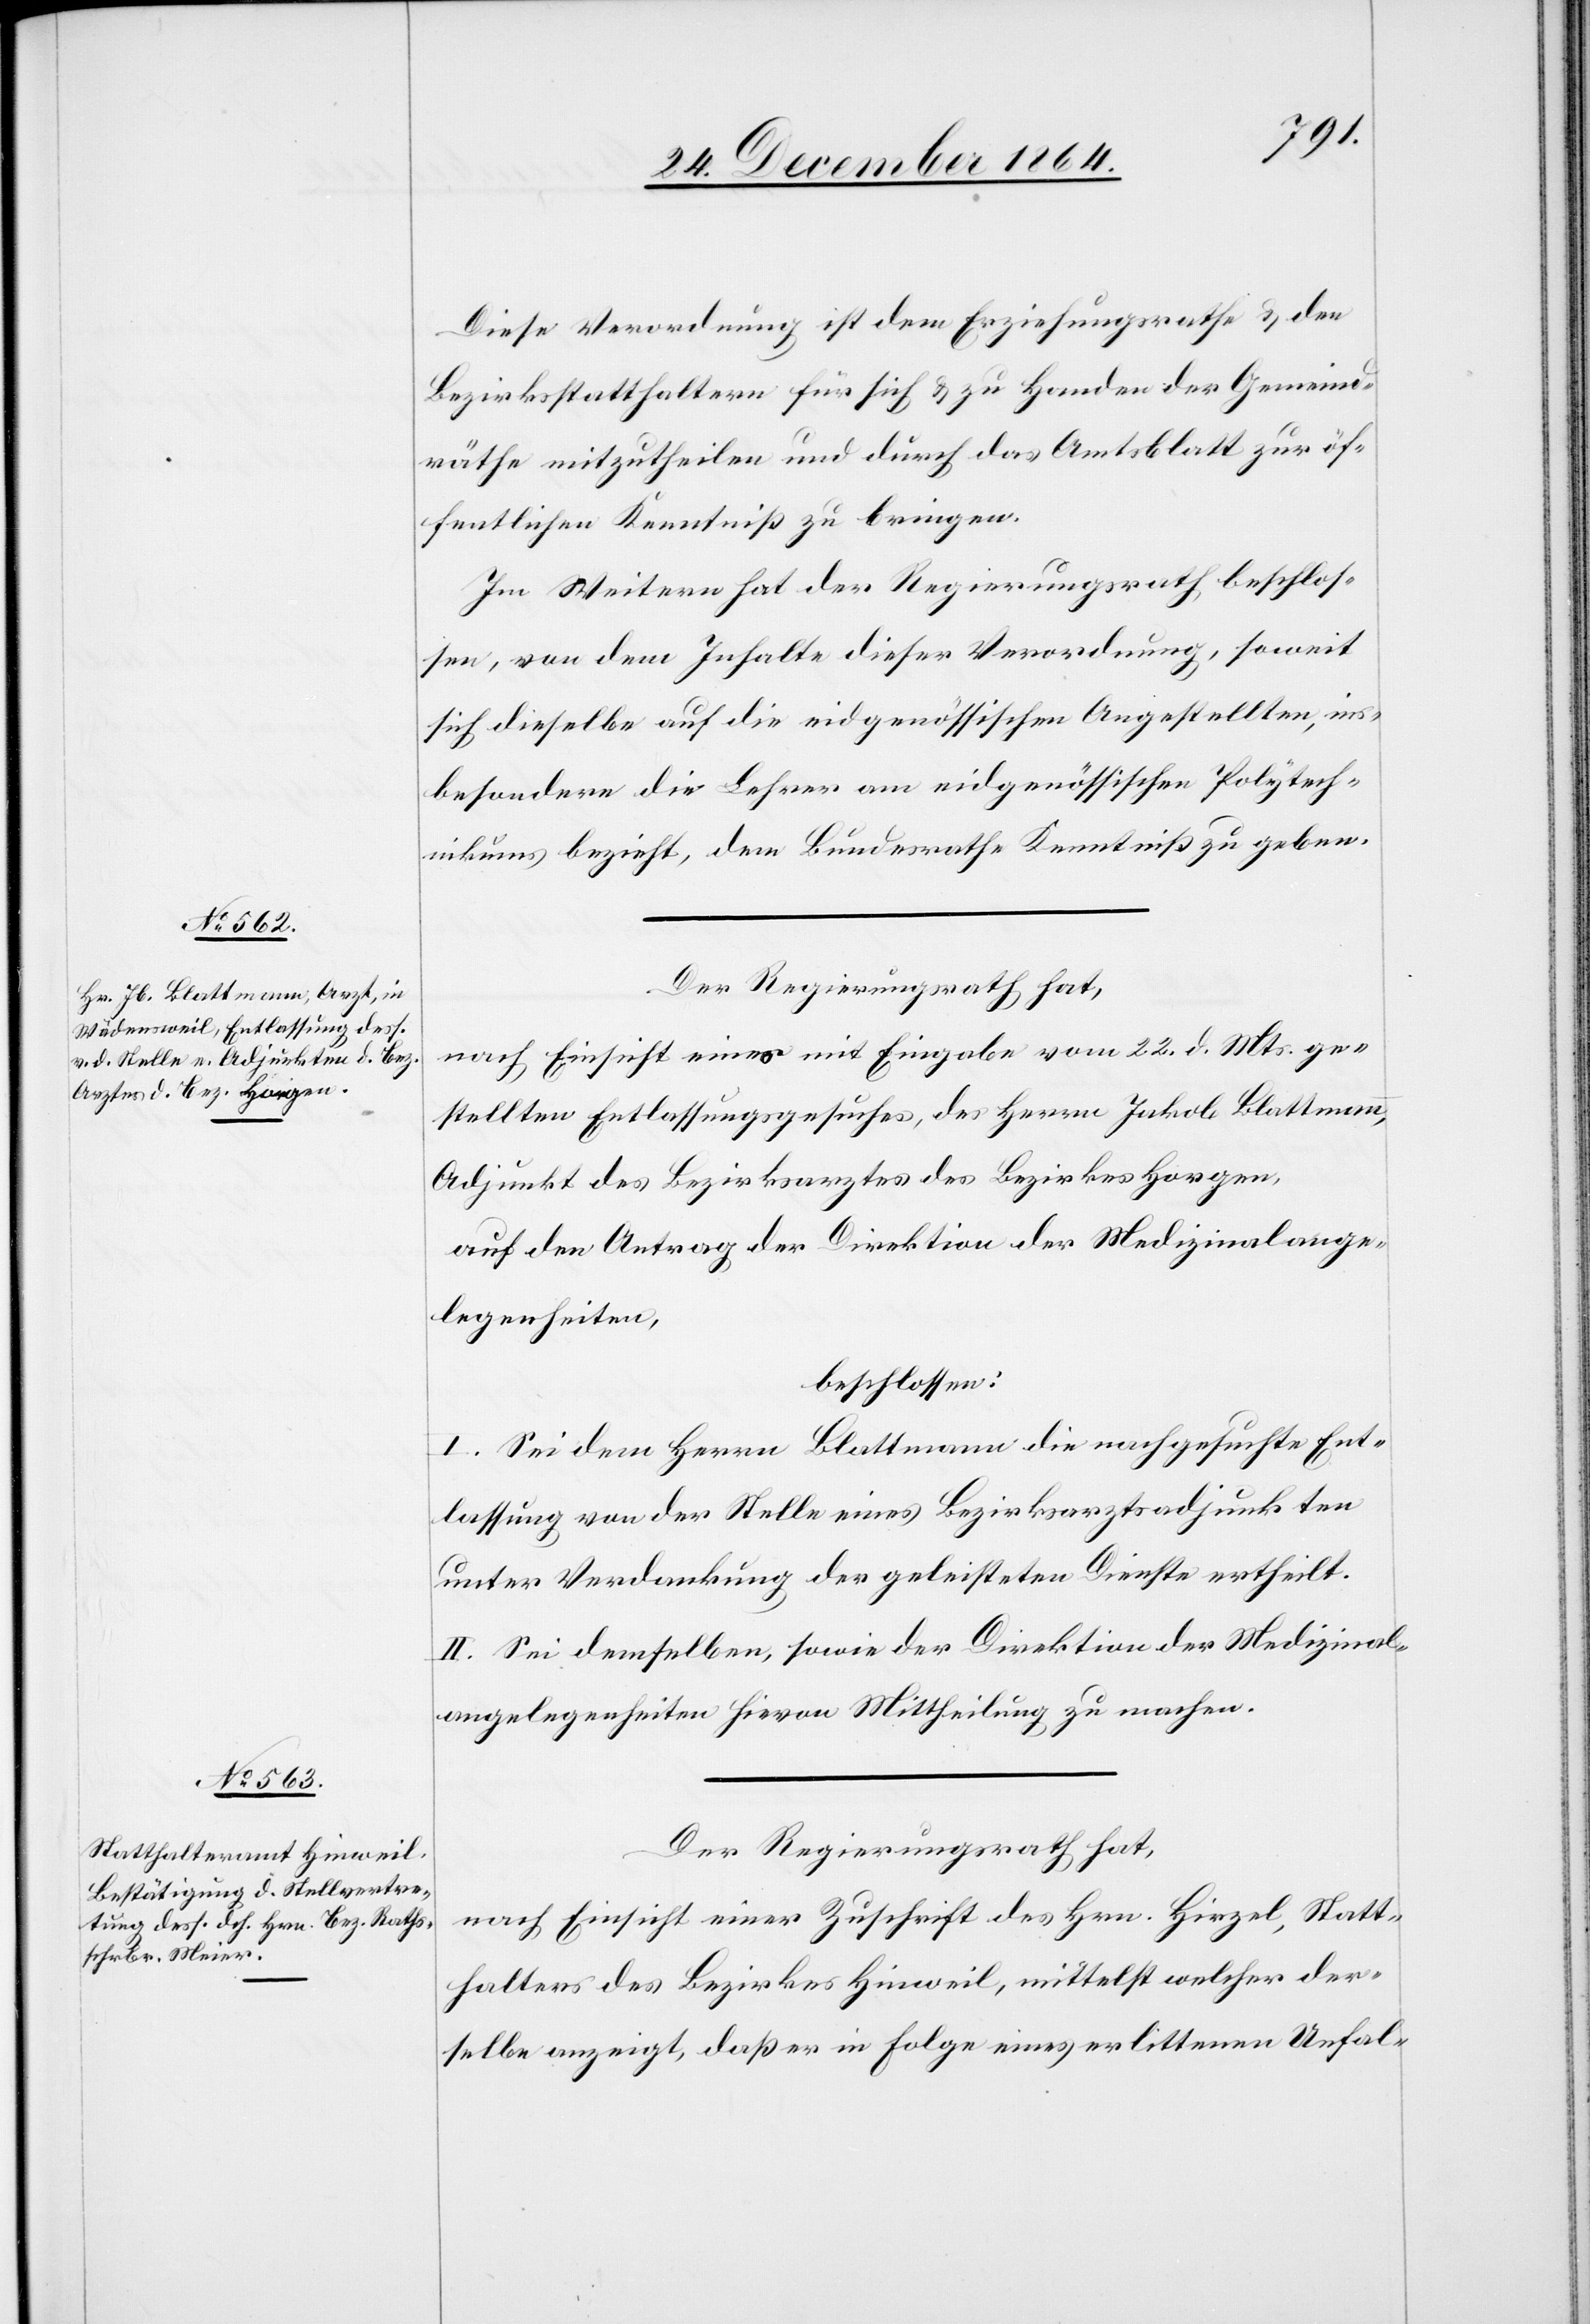
Diese Verordnung ist dem Erziehungsrathe & den
Bezirkstatthaltern für sich & zu Handen der Gemeind¬
räthe mitzutheilen und durch das Amtsblatt zur öf¬
fentlichen Kenntniß zu bringen.
Im Weitern hat der Regierungsrath beschlos¬
sen, von dem Inhalte dieser Verordnung, soweit
sich dieselbe auf die eidgenössischen Angestellten, ins¬
besondere die Lehrer am eidgenössischen Polytech¬
nikum bezieht, dem Bundesrathe Kenntniß zu geben.
Der Regierungsrath hat,
nach Einsicht eines mit Eingabe vom 22. d. Mts. ge¬
stellten Entlassungsgesuches, des Herrn Jakob Blattmann,
Adjunkt des Bezirksarztes des Bezirkes Horgen,
auf den Antrag der Direktion der Medizinalange¬
legenheiten,
beschlossen:
I. Sei dem Herrn Blattmann die nachgesuchte Ent¬
lassung von der Stelle eines Bezirksarztadjunkten
unter Verdankung der geleisteten Dienste ertheilt.
II. Sei demselben, sowie der Direktion der Medizinal¬
angelegenheiten hievon Mittheilung zu machen.
Der Regierungsrath hat,
nach Einsicht einer Zuschrift des Hrn. Hirzel, Statt¬
halters des Bezirkes Hinweil, mittelst welcher der¬
selbe anzeigt, daß er in Folge eines erlittenen Unfal-